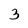
Character: 3